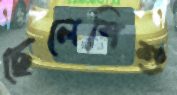
ছেলেশিশু